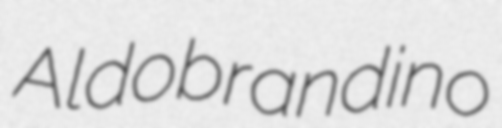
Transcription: Aldobrandino